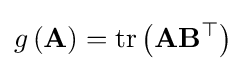
g\left(\mathbf {A} \right)=\operatorname {tr} \left(\mathbf {A} \mathbf {B} ^{\top }\right)